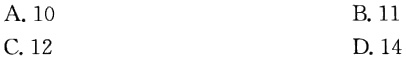
A. 10
B. 11
C. 12
D. 14